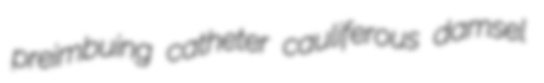
preimbuing catheter cauliferous damsel